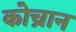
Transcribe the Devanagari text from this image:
कोच्रान